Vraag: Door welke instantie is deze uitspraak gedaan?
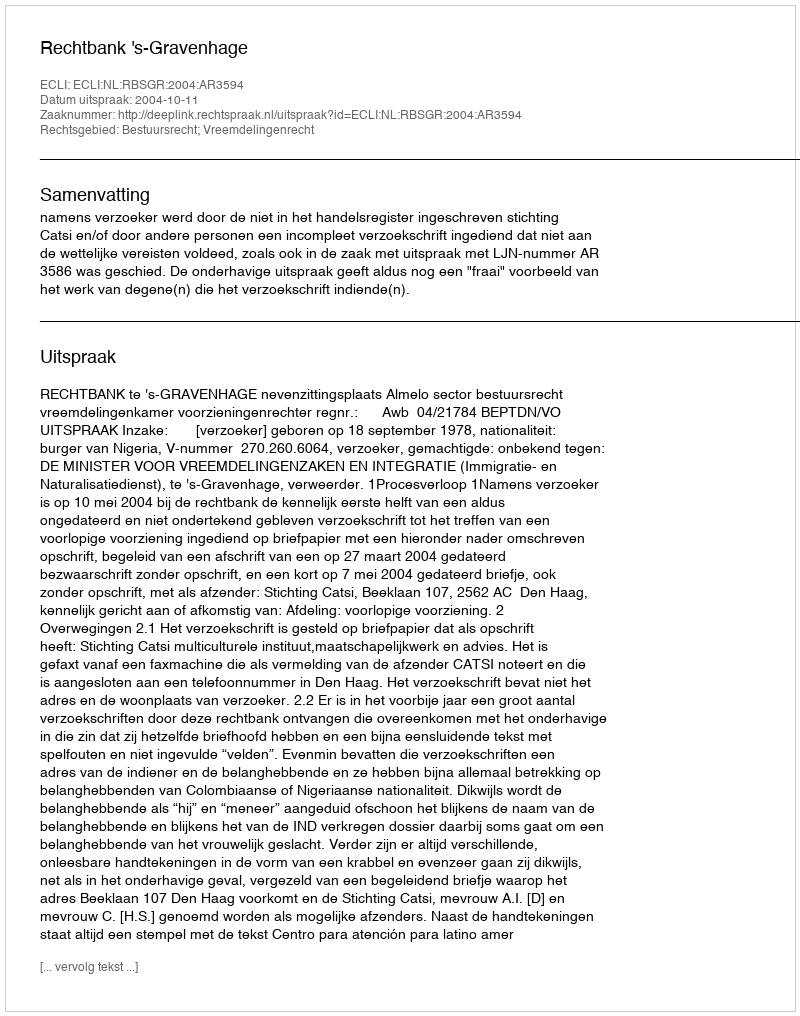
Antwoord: Rechtbank 's-Gravenhage